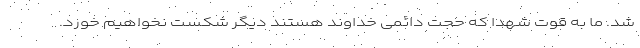
شد. ما به قوت شهدا که حجت دائمی خداوند هستند دیگر شکست نخواهیم خورد.